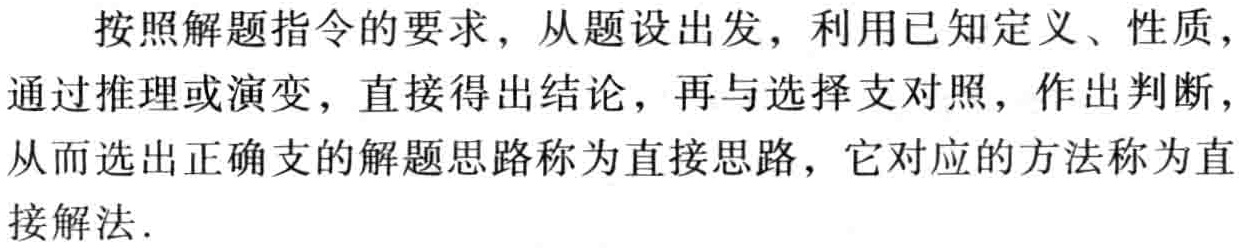
按照解题指令的要求，从题设出发，利用已知定义、性质，通过推理或演变，直接得出结论，再与选择支对照，作出判断，从而选出正确支的解题思路称为直接思路，它对应的方法称为直接解法.